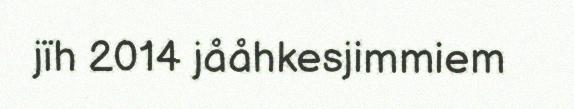
jïh 2014 jååhkesjimmiem